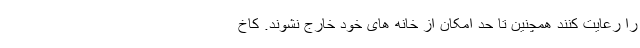
را رعایت کنند همچنین تا حد امکان از خانه های خود خارج نشوند. کاخ‌